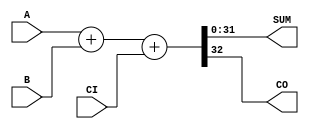


//--------------------------------------------------------------------------------------------------
//
// Title       : DW01_add
// Design      : DW01_add


//
//-------------------------------------------------------------------------------------------------
//
// Description : Basic adder
//
//-------------------------------------------------------------------------------------------------

module DW01_add ( A, B, CI, SUM, CO )/* synthesis syn_builtin_du = "weak" */;
	
parameter	width = 32;

input [width - 1 : 0]  A;
input [width - 1 : 0]  B;
input                  CI;

output                 CO ;
output [width - 1 : 0] SUM ;
wire                   CO ;
wire [width - 1 : 0]   SUM ;

assign { CO, SUM } = A + B + CI;


endmodule